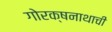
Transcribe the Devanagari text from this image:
गोरक्षनाथाची